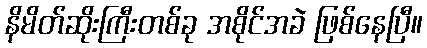
နိမိတ်ဆိုးကြီးတစ်ခု အစိုင်အခဲ ဖြစ်နေပြီ။